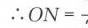
$\therefore ON = \frac{}{}$